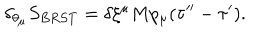
\delta _ { \theta _ { \mu } } { S _ { B R S T } } = \delta \xi ^ { \mu } M p _ { \mu } ( \tau ^ { \prime \prime } - \tau ^ { \prime } ) .